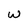
Character: w